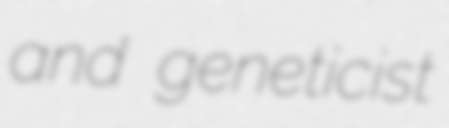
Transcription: and geneticist